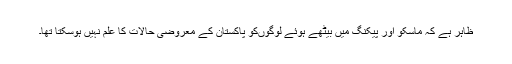
ظاہر ہے کہ ماسکو اور پیکنگ میں بیٹھے ہوئے لوگوںکو پاکستان کے معروضی حالات کا علم نہیں ہوسکتا تھا۔